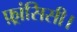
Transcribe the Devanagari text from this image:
फ़्रांसिसी।